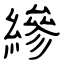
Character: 縿